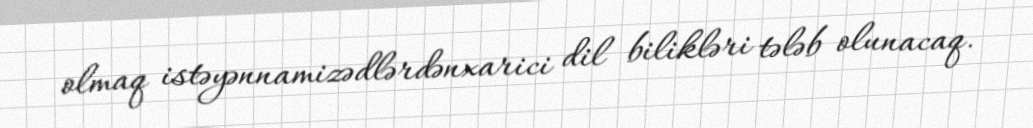
olmaq istəyənnamizədlərdənxarici dil bilikləri tələb olunacaq.